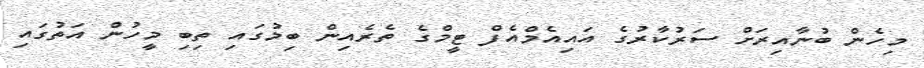
މިހެން ބުނާއިރަށް ސަރުކާރުގެ އައިއެމްއެފް ޓީމްގެ ތެރެއިން ބިމުގައި ތިބި މީހުން އަތުގައި